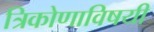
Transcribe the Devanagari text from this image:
त्रिकोणाविषयी